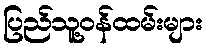
ပြည်သူ့ဝန်ထမ်းများ